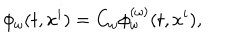
\phi _ { \omega } ( t , x ^ { i } ) = C _ { \omega } \phi _ { \omega } ^ { ( \omega ) } ( t , x ^ { i } ) ,